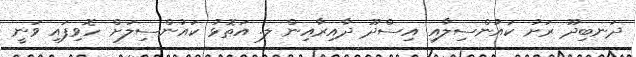
ދަނބިދޫ ރަށު ކައުންސިލާއި އިސްދޫ ދާއިރާއިން ލ. އަތޮޅު ކައުންސިލަށް ހޮވިފައި ވަނީ